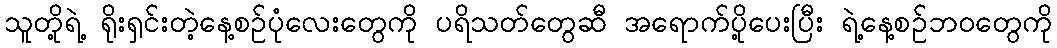
သူတို့ရဲ့ ရိုးရှင်းတဲ့နေ့စဉ်ပုံလေးတွေကို ပရိသတ်တွေဆီ အရောက်ပို့ပေးပြီး ရဲ့နေ့စဉ်ဘဝတွေကို